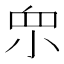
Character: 𱲨